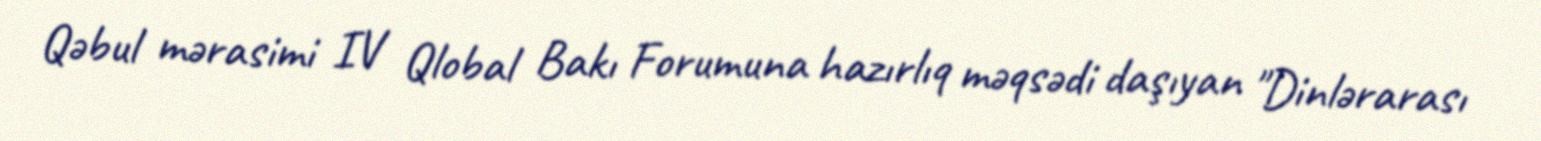
Qəbul mərasimi IV Qlobal Bakı Forumuna hazırlıq məqsədi daşıyan "Dinlərarası